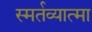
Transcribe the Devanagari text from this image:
स्मर्तव्यात्मा